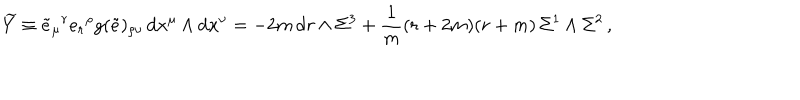
LaTeX: \widetilde Y \equiv \tilde { e } _ { \mu } { } ^ { r } e _ { r } { } ^ { \rho } g ( \tilde { e } ) _ { \rho \nu } \, \mathrm { d } x ^ { \mu } \wedge \mathrm { d } x ^ { \nu } = - 2 m \, \mathrm { d } r \wedge \Sigma ^ { 3 } + \frac { 1 } { m } ( r + 2 m ) ( r + m ) \, \Sigma ^ { 1 } \wedge \Sigma ^ { 2 } \, ,